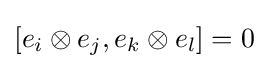
[e_{i}\otimes e_{j},e_{k}\otimes e_{l}]=0